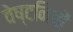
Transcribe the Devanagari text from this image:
वेष्टनियों